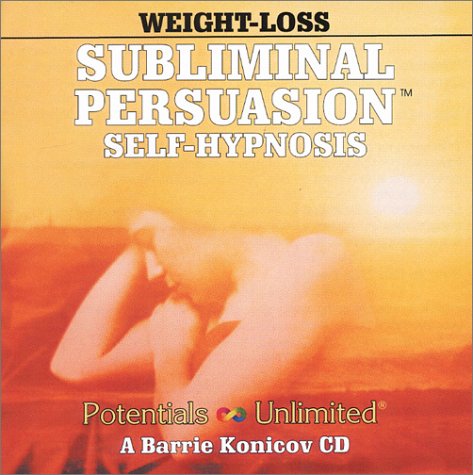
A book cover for Weight Loss (Subliminal Persuasion Self-Hypnosis); Barrie Konicov; Self-Help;